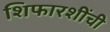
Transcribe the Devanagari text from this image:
शिफारशींची